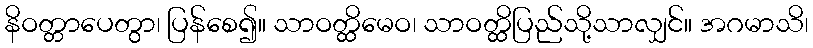
နိဝတ္တာပေတွာ၊ ပြန်စေ၍။ သာဝတ္ထိမေဝ၊ သာဝတ္ထိပြည်သို့သာလျှင်။ အဂမာသိ၊